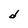
Character: d